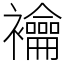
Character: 𧟇